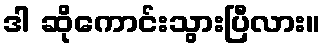
ဒါ ဆိုကောင်းသွားပြီလား။